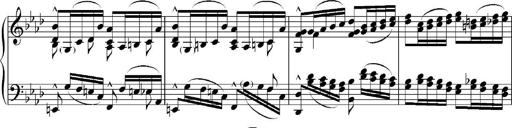
Title: Sonatina No.5
Composer: Otto Stoll
Key: F-sharp minor